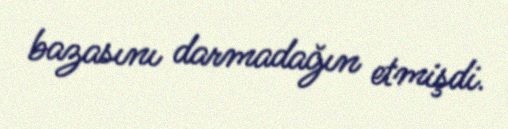
bazasını darmadağın etmişdi.